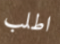
اطلب